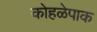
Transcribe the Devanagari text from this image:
कोहळेपाक